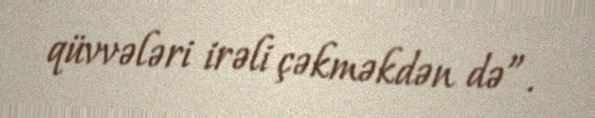
qüvvələri irəli çəkməkdən də”.